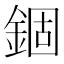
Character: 錮